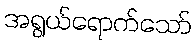
အရွယ်ရောက်သော်